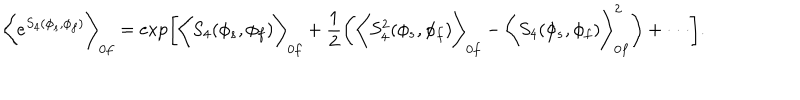
\biggl < e ^ { S _ { 4 } ( \phi _ { s } , \phi _ { f } ) } \biggr > _ { 0 f } = \exp \biggl [ \biggl < S _ { 4 } ( \phi _ { s } , \phi _ { f } ) \biggr > _ { 0 f } + \frac { 1 } { 2 } \biggl ( \biggl < S _ { 4 } ^ { 2 } ( \phi _ { s } , \phi _ { f } ) \biggr > _ { 0 f } - \biggl < S _ { 4 } ( \phi _ { s } , \phi _ { f } ) \biggr > _ { 0 f } ^ { 2 } \biggr ) + \cdot \cdot \cdot \biggr ] .